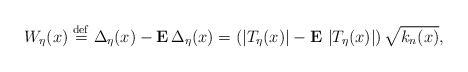
\begin{align*}W_{\eta }(x)\stackrel{\rm def}{=}\Delta _{\eta }(x)-{\bf E\,}\Delta _{\eta}(x)=\left( \left| T_{\eta }(x)\right| -{\bf E\,}\left| T_{\eta }(x)\right|\right) \sqrt{k_{n}(x)}, \end{align*}